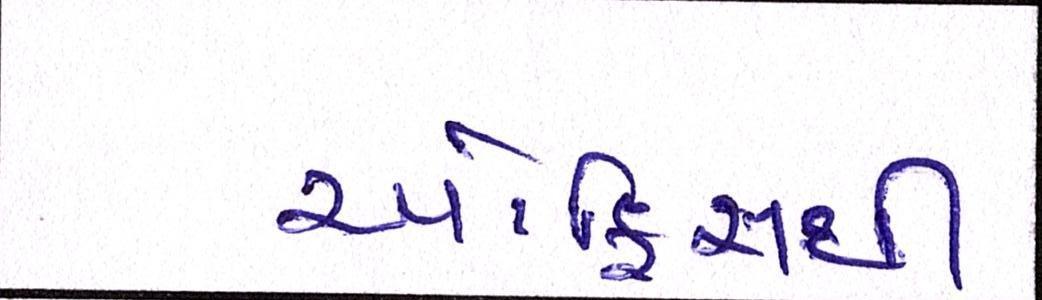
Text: ઓફિસથી